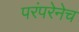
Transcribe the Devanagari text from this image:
परंपरेनेच